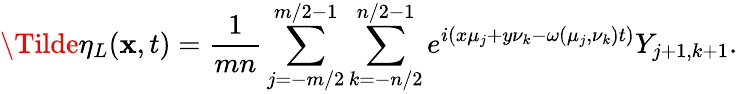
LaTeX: \Tilde{\eta}_{L}(\mathbf{x},t)=\frac{1}{mn}\sum_{j=-m/2}^{m/2-1}\sum_{k=-n/2}^{n/2-1}e^{i(x\mu_{j}+y\nu_{k}-\omega(\mu_{j},\nu_{k})t)}Y_{j+1,k+1}.